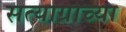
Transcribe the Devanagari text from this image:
सत्याग्राच्या